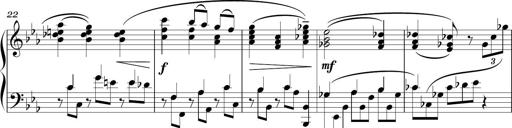
Title: Sonatina in E minor
Composer: Shuwen Zhang
Key: E minor